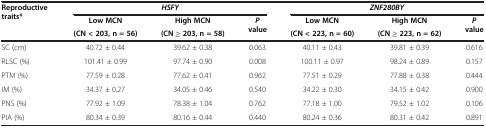
| <ROWSPAN=3> Reproductive traits* | <COLSPAN=3> HSFY | <COLSPAN=3> ZNF280BY |
 | Low MCN | High MCN | <ROWSPAN=2> P value | Low MCN | High MCN | <ROWSPAN=2> P value |
 | (CN < 203, n = 56) | (CN ≥ 203, n = 58) | (CN < 223, n = 60) | (CN ≥ 223, n = 62) |
 | --- | --- | --- | --- | --- | --- | --- |
 | SC (cm) | 40.72 ± 0.44 | 39.62 ± 0.38 | 0.063 | 40.11 ± 0.43 | 39.81 ± 0.39 | 0.616 |
 | RLSC (%) | 101.41 ± 0.99 | 97.74 ± 0.90 | 0.008 | 100.11 ± 0.97 | 98.24 ± 0.89 | 0.157 |
 | PTM (%) | 77.59 ± 0.28 | 77.62 ± 0.41 | 0.962 | 77.51 ± 0.29 | 77.88 ± 0.38 | 0.444 |
 | IM (%) | 34.37 ± 0.27 | 34.05 ± 0.46 | 0.540 | 34.22 ± 0.30 | 34.15 ± 0.42 | 0.900 |
 | PNS (%) | 77.92 ± 1.09 | 78.38 ± 1.04 | 0.762 | 77.18 ± 1.00 | 79.52 ± 1.02 | 0.106 |
 | PIA (%) | 80.34 ± 0.39 | 80.16 ± 0.44 | 0.440 | 80.24 ± 0.36 | 80.31 ± 0.42 | 0.891 |